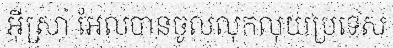
អ៊ីស្រា អែលបានចូលលុកលុយប្រទេស